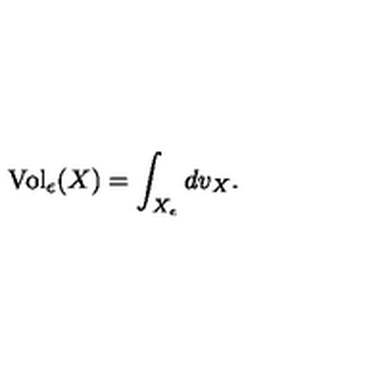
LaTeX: \mathrm { V o l } _ { \epsilon } ( X ) = \int _ { X _ { \epsilon } } d v _ { X } .